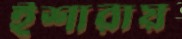
ইশারায়